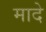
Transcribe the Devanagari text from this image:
मादे